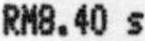
RM8.40 S